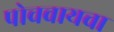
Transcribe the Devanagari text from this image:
पोचवायचा